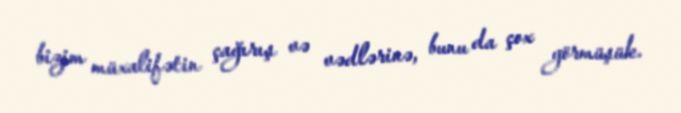
bizim müxalifətin çağırış və vədlərinə, bunu da çox görmüşük.